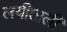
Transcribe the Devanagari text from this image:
लयीताली